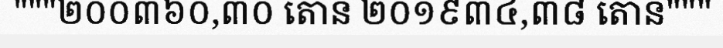
"""២០០៣៦០,៣០ តោន ២០១៩៣៤,៣៨ តោន"""